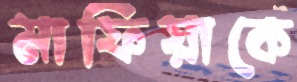
মাফিয়াকে